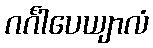
ဂင်္ဂါပေယျာလံ